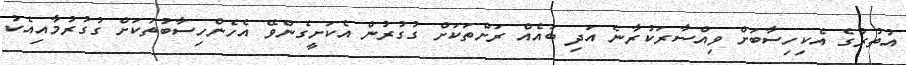
އުތުރުގެ އެކިހިސާބަށް ވިއްސާރަކުރާނެ އަދި ބައެއް ރަށްތަކަށް ގުގުރުން އެކަށީގެންވޭ އެހެންހިސާބުތަކަށް ގުގުރުމާއިއެކު